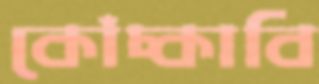
কোঁচ্‌কাবি